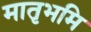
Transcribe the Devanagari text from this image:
मातृभमि